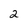
Character: 2